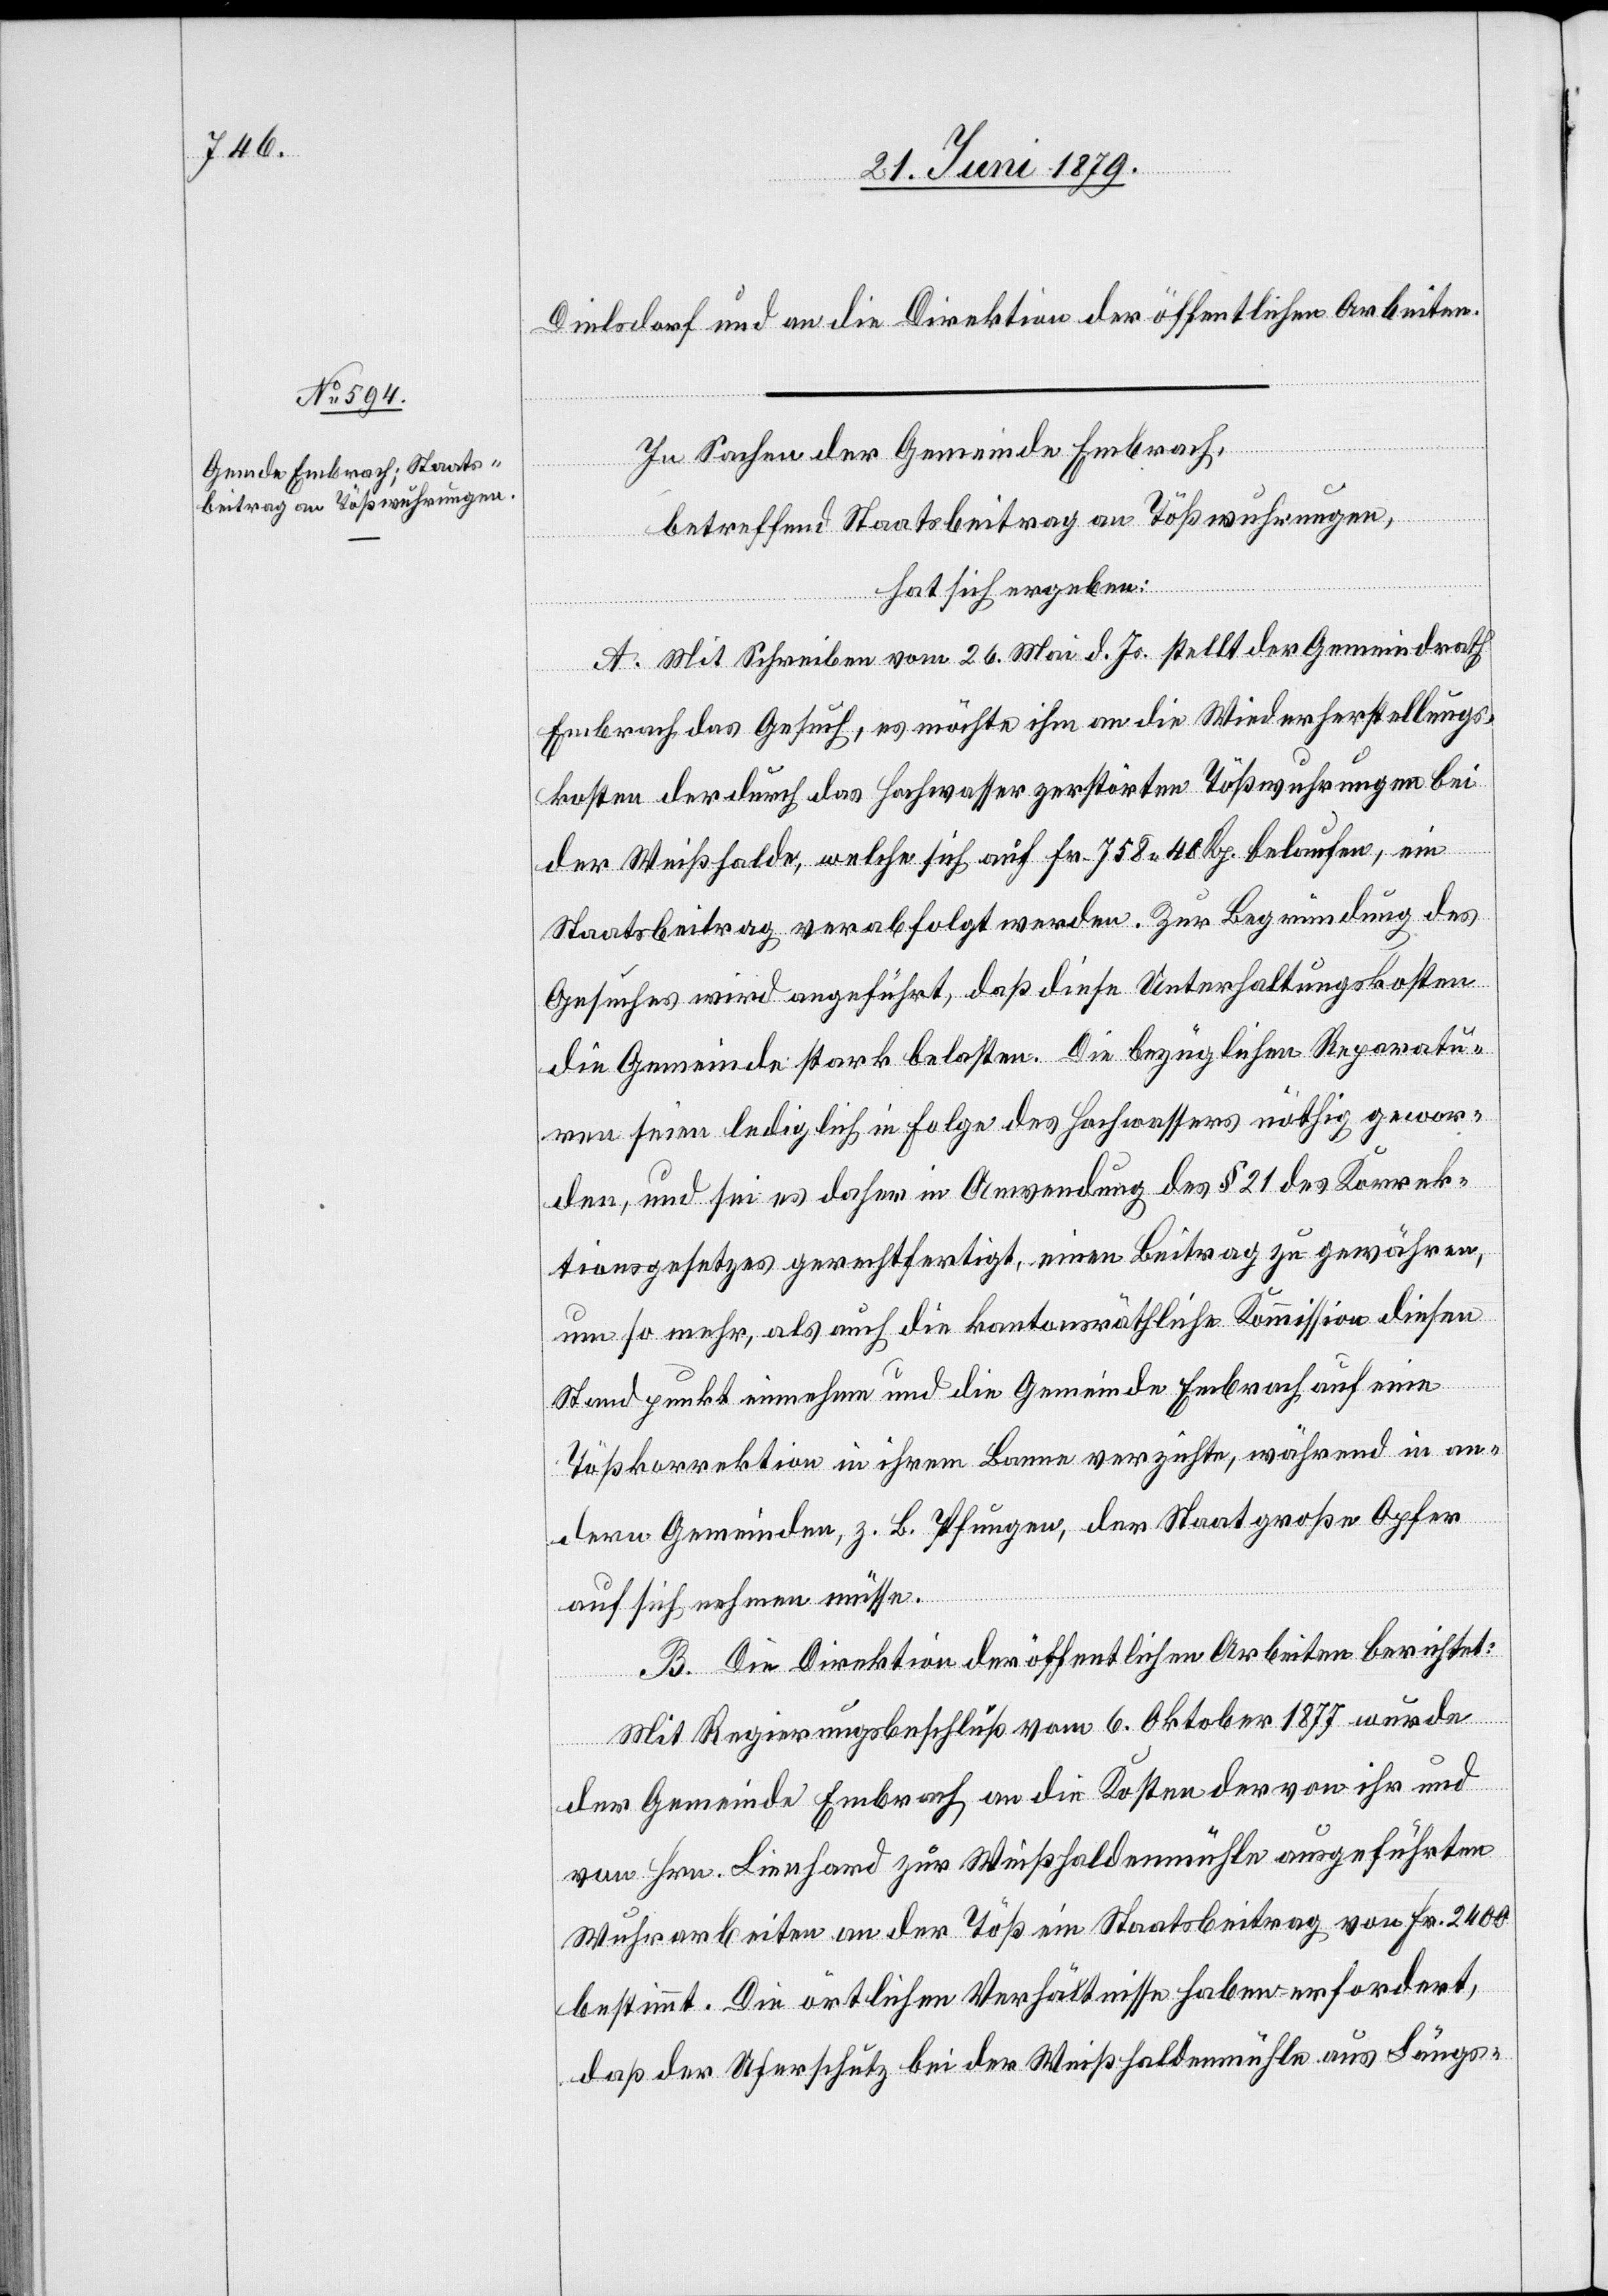
Dielsdorf und an die Direktion der öffentlichen Arbeiten.
In Sachen der Gemeinde Embrach,
betreffend Staatsbeitrag an Tößwuhrungen,
hat sich ergeben:
A. Mit Schreiben vom 26. Mai d. Js. stellt der Gemeindrath
Embrach das Gesuch, es möchte ihm an die Wiederherstellungs¬
kosten der durch das Hochwasser zerstörten Tößwuhrungen bei
der Weißhalde, welche sich auf Fr. 758 40 Rp. belaufen, ein
Staatsbeitrag verabfolgt werden. Zur Begründung des
Gesuches wird angeführt, daß diese Unterhaltungskosten
die Gemeinde stark belasten. Die bezüglichen Reparatu¬
ren seien lediglich in Folge des Hochwassers nöthig gewor¬
den, und sei es daher in Anwendung des § 21 des Korrek¬
tionsgesetzes gerechtfertigt, einen Beitrag zu gewähren,
um so mehr, als auch die kantonsräthliche Kommission diesen
Standpunkt einnehme und die Gemeinde Embrach auf eine
Tößkorrektion in ihrem Banne verzichte, während in an¬
dern Gemeinden, z. B. Pfungen, der Staat große Opfer
auf sich nehmen müsse.
B. Die Direktion der öffentlichen Arbeiten berichtet:
Mit Regierungsbeschluß vom 6. Oktober 1877 wurde
der Gemeinde Embrach an die Kosten der von ihr und
von Hrn. Lienhard zur Weißhaldenmühle ausgeführten
Wuhrarbeiten an der Töß ein Staatsbeitrag von Fr. 2400
bestimmt. Die örtlichen Verhältnisse haben erfordert,
daß der Uferschutz bei der Weißhaldenmühle aus Längs-